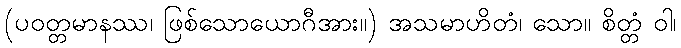
(ပဝတ္တမာနဿ၊ ဖြစ်သောယောဂီအား။) အသမာဟိတံ၊ သော။ စိတ္တံ ဝါ၊